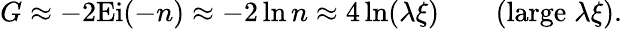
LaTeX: G\approx-2\mathrm{Ei}(-n)\approx-2\ln n\approx 4\ln(\lambda\xi)\qquad(\mathrm{large}\; \lambda\xi).